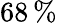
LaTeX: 68\, \%